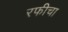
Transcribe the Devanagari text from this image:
रफीचा